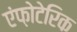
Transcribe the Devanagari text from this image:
एंफ़ोटेरिक